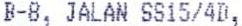
B-8, JALAN SS15/4D,